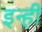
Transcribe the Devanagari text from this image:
इन्‍ही